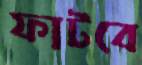
ফাটবে